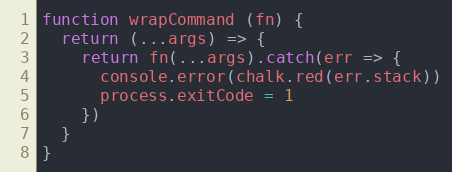
Language: JavaScript
function wrapCommand (fn) {
  return (...args) => {
    return fn(...args).catch(err => {
      console.error(chalk.red(err.stack))
      process.exitCode = 1
    })
  }
}